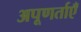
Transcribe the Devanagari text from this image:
अपूणर्ताएँ